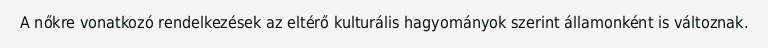
A nőkre vonatkozó rendelkezések az eltérő kulturális hagyományok szerint államonként is változnak.